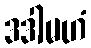
ဒဒါမဟံ